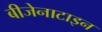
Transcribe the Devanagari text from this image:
बीजेनाटाइन